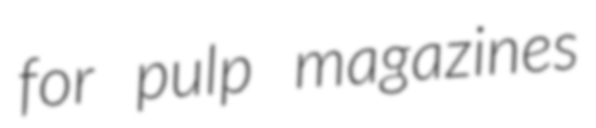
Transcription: for pulp magazines